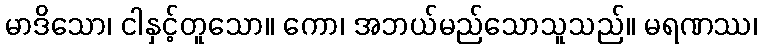
မာဒိသော၊ ငါနှင့်တူသော။ ကော၊ အဘယ်မည်သောသူသည်။ မရဏဿ၊